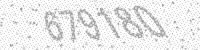
Solution: 679180